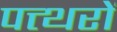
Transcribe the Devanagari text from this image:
पत्त्थरों